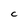
Character: C